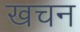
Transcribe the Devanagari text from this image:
खचन